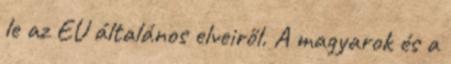
le az EU általános elveiről. A magyarok és a